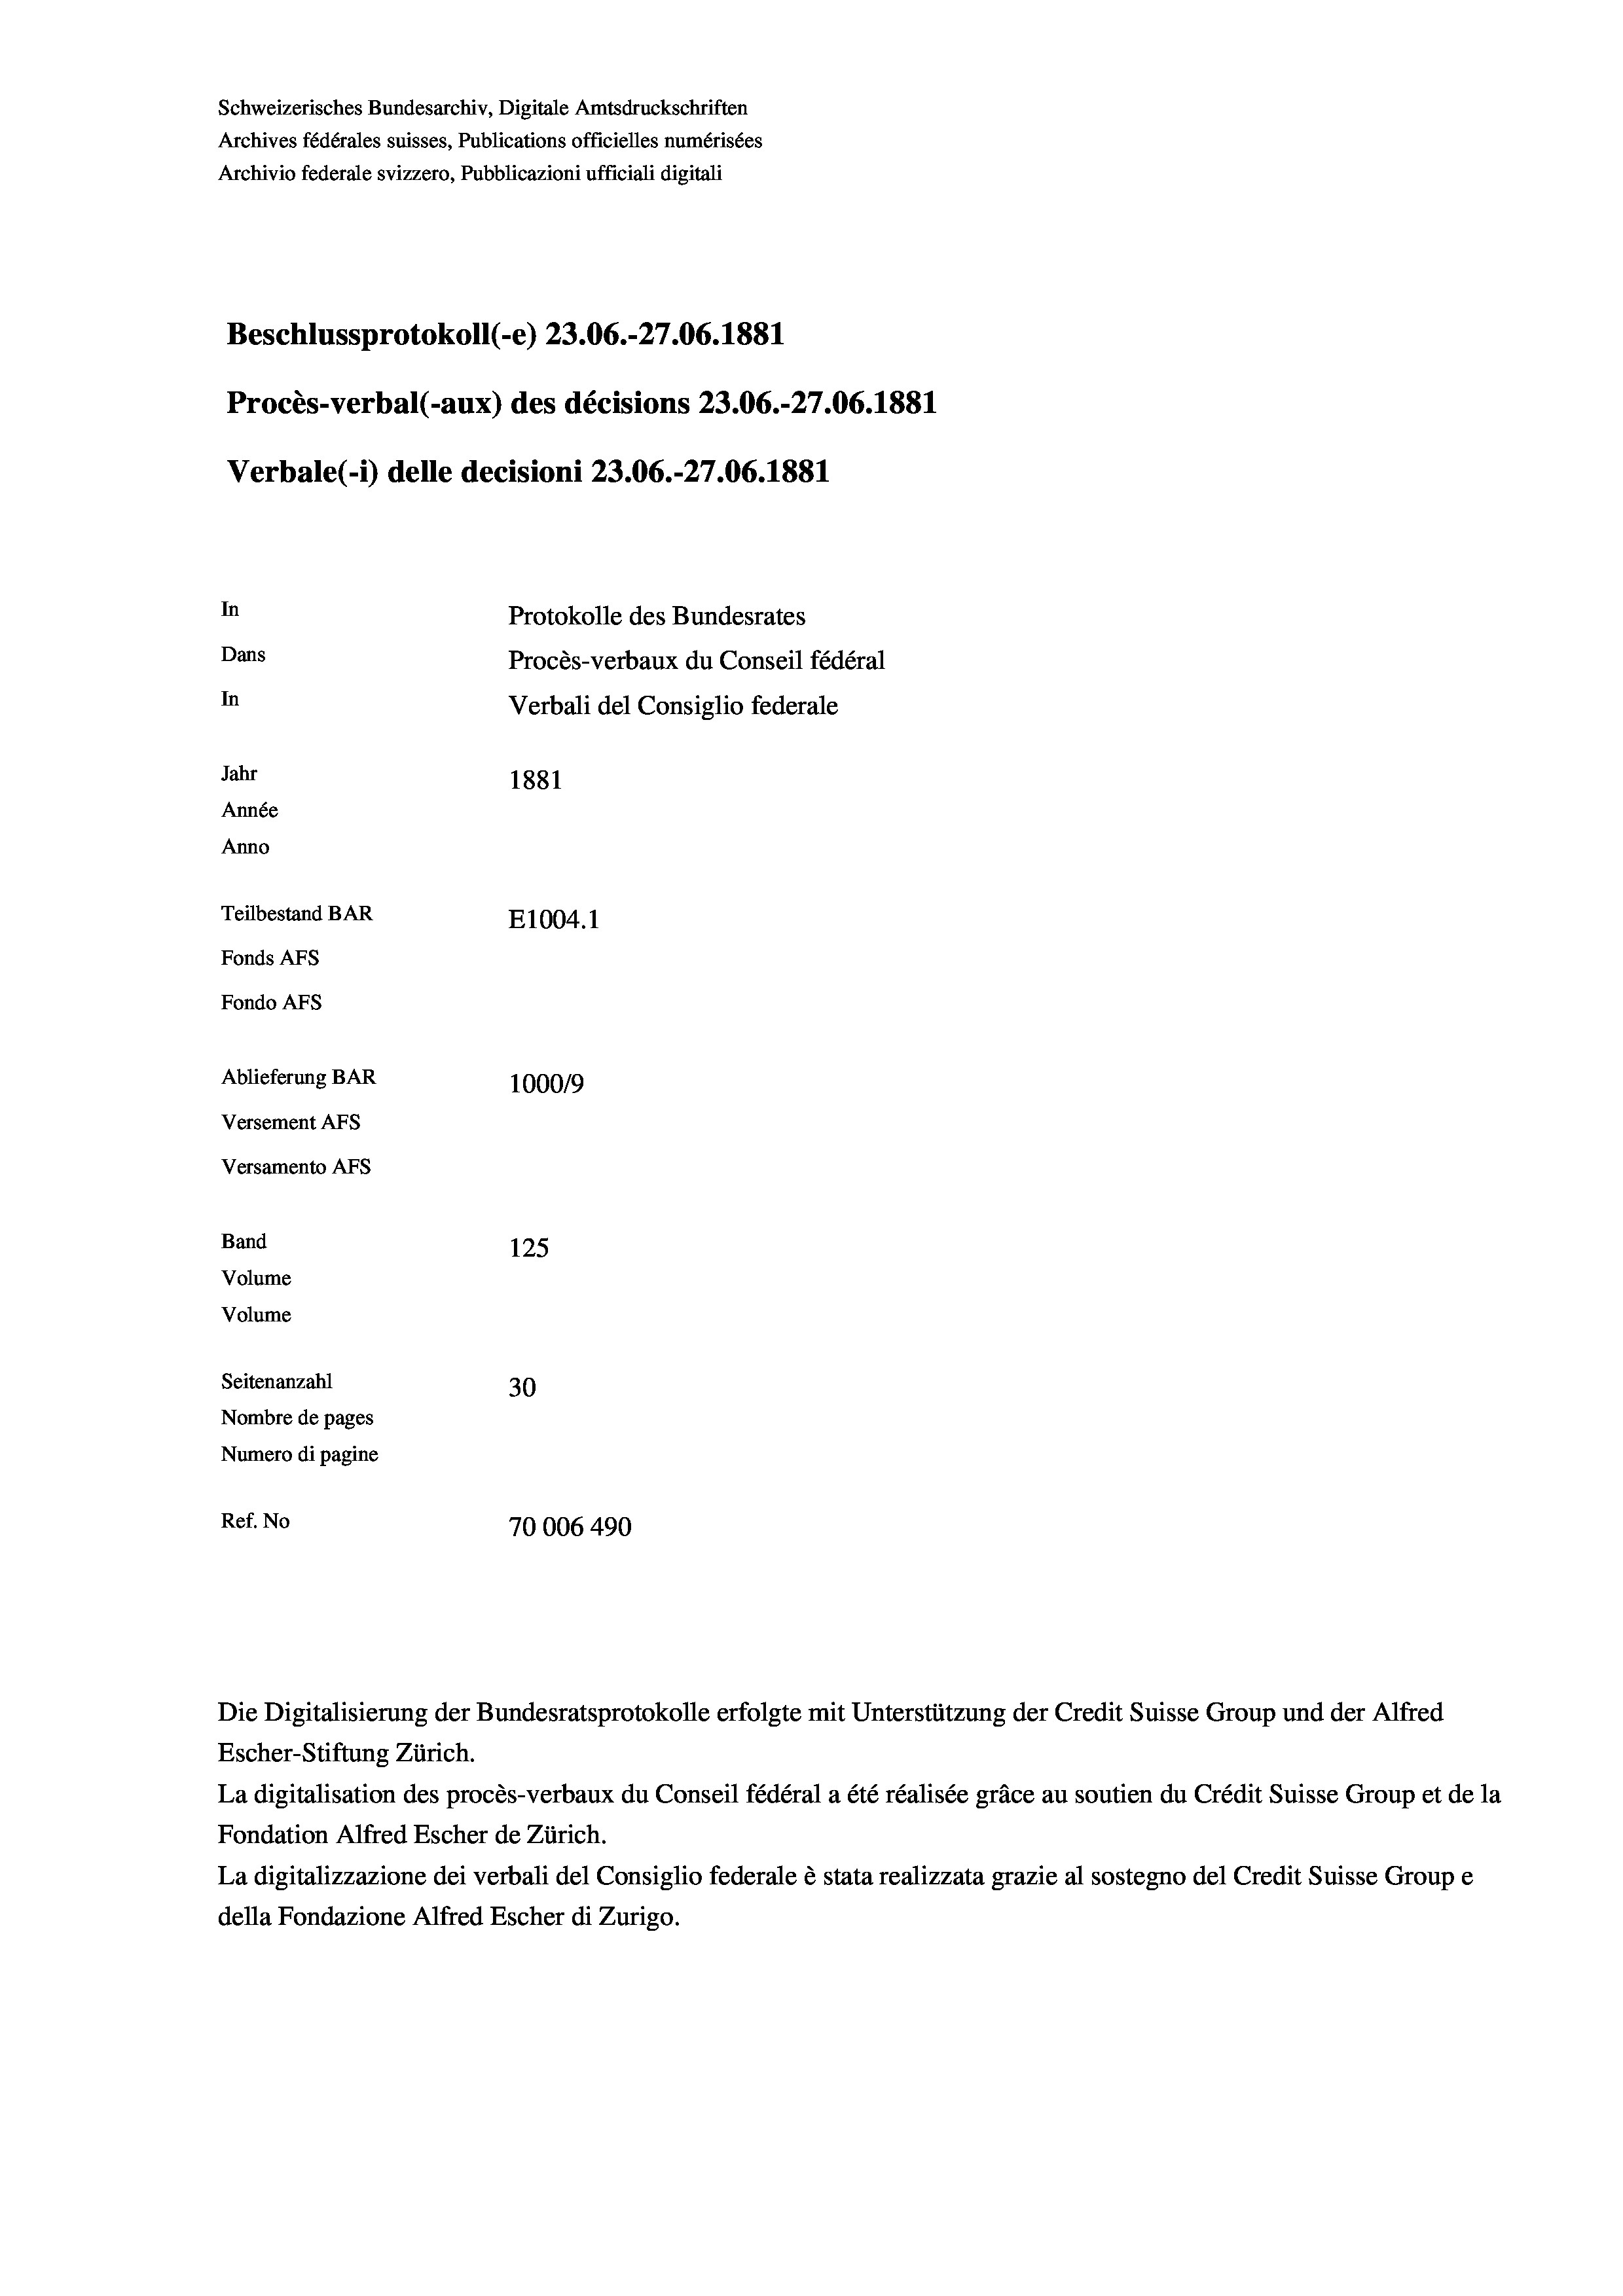
Schweizerisches Bundesarchiv, Digitale Amtsdruckschriften
Archives fédérales suisses, Publications officielles numérisées
Archivio federale svizzero, Pubblicazioni ufficiali digitali
Beschlussprotokoll (-e) 23.06.-27.06. 1881
Procès-verbal (-aux) des décisions 23.06.-27.06. 1881
Verbale (- 1) delle decisioni 23.06.-27.06. 1881
In
Protokolle des Bundesrates
Dans
Procès-verbaux du Conseil fédéral
In
Jahr
1881
Année
Anno
Teilbestand BAR
E1004. 1
Fonds AFs
Fondo Afs
Ablieferung BAR
100019
Versement AFs
Versamento AFs
Band
125
Volume
Volume

Nombre de pages
Numero di pagine
Ref. No

Seitenanzahl

30
70006 490

Verbali del Consiglio federale

Die Digitalisierung der Bundesratsprotokolle erfolgte mit Unterstützung der Credit Suisse Group und der Alfred
Escher-Stiftung Zürich.
La digitalisation des procès-verbaux du Conseil fédéral a été réalisée gräce au soutien du Crédit Suisse Group et de la
Fondation Alfred Escher de Zürich.
La digitalizzazione dei verbali del Consiglio federale è stata realizzata grazie al sostegno del Credit Suisse Groupe
della Fondazione Alfred Escher di Zurigo.